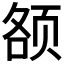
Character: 𱂥